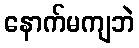
နောက်မကျဘဲ